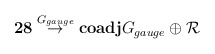
\begin{align*}{\bf 28}\stackrel{G_{gauge}}{\rightarrow }{\bf coadj} {G_{gauge}}\oplus {\cal R}\end{align*}